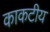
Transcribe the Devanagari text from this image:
काकटीय